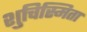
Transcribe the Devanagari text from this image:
शुचिस्मिता